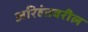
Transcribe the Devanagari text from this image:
अरिहंतवरील